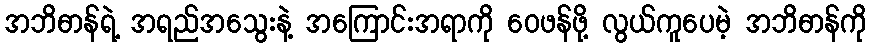
အဘိဓာန်ရဲ့ အရည်အသွေးနဲ့ အကြောင်းအရာကို ဝေဖန်ဖို့ လွယ်ကူပေမဲ့ အဘိဓာန်ကို